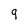
Character: g